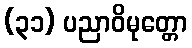
(၃၁) ပညာဝိမုတ္တော